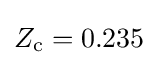
Z_{\text{c}}=0.235